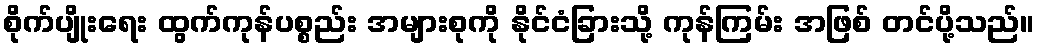
စိုက်ပျိုးရေး ထွက်ကုန်ပစ္စည်း အများစုကို နိုင်ငံခြားသို့ ကုန်ကြမ်း အဖြစ် တင်ပို့သည်။